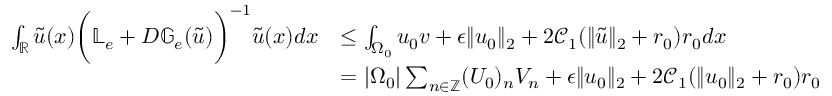
\begin{array} { r l } { \int _ { \mathbb { R } } \tilde { u } ( x ) \bigg ( \mathbb { L } _ { e } + D \mathbb { G } _ { e } ( \tilde { u } ) \bigg ) ^ { - 1 } \tilde { u } ( x ) d x } & { \le \int _ { \Omega _ { 0 } } u _ { 0 } v + \epsilon \| u _ { 0 } \| _ { 2 } + 2 \mathcal { C } _ { 1 } ( \| \tilde { u } \| _ { 2 } + r _ { 0 } ) r _ { 0 } d x } \\ & { = | \Omega _ { 0 } | \sum _ { n \in \mathbb { Z } } ( U _ { 0 } ) _ { n } V _ { n } + \epsilon \| u _ { 0 } \| _ { 2 } + 2 \mathcal { C } _ { 1 } ( \| u _ { 0 } \| _ { 2 } + r _ { 0 } ) r _ { 0 } } \end{array}